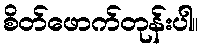
စိတ်ဖောက်တုန်းပါ။